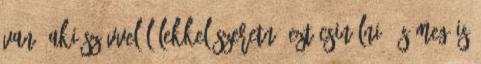
van, aki szívvel-lélekkel szeretné ezt csinálni, és meg is